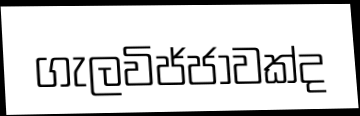
ගැලවිජ්ජාවක්ද